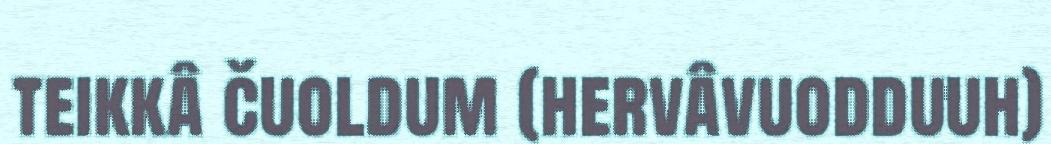
teikkâ čuoldum (hervâvuodduuh)